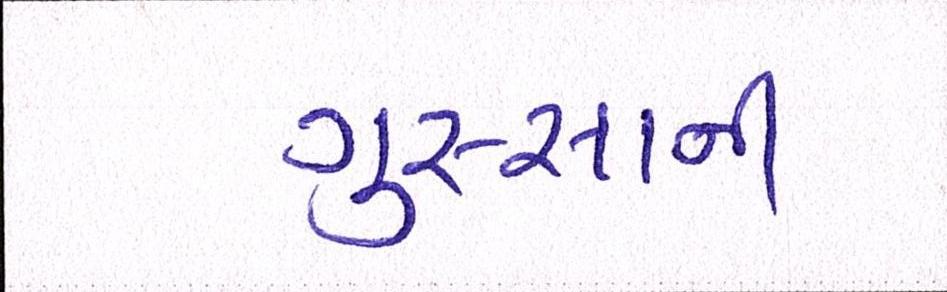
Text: ગુસ્સાની